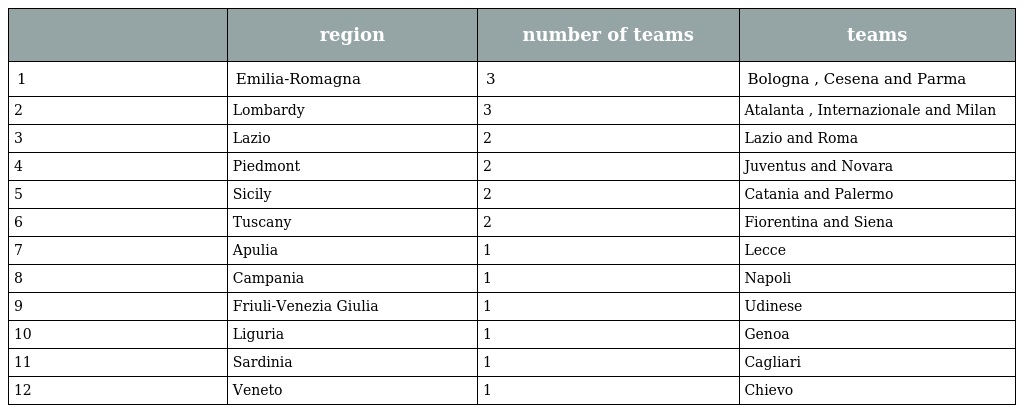
|  | region | number of teams | teams |
 | --- | --- | --- | --- |
 | 1 | Emilia-Romagna | 3 | Bologna , Cesena and Parma |
 | 2 | Lombardy | 3 | Atalanta , Internazionale and Milan |
 | 3 | Lazio | 2 | Lazio and Roma |
 | 4 | Piedmont | 2 | Juventus and Novara |
 | 5 | Sicily | 2 | Catania and Palermo |
 | 6 | Tuscany | 2 | Fiorentina and Siena |
 | 7 | Apulia | 1 | Lecce |
 | 8 | Campania | 1 | Napoli |
 | 9 | Friuli-Venezia Giulia | 1 | Udinese |
 | 10 | Liguria | 1 | Genoa |
 | 11 | Sardinia | 1 | Cagliari |
 | 12 | Veneto | 1 | Chievo |